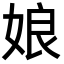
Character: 娘